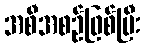
အစီအစဉ်ဖြစ်ပြီး